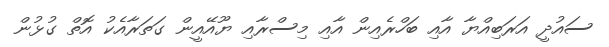
ސައުދީ އަރަބިއްޔާ އާއި ބަހްރެއިން އާއި މިސްރާއި ޔޫއޭއީން ގަތަރާއެކު އޮތް ގުޅުން